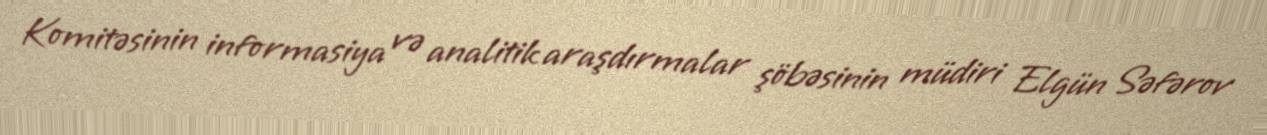
Komitəsinin informasiya və analitik araşdırmalar şöbəsinin müdiri Elgün Səfərov